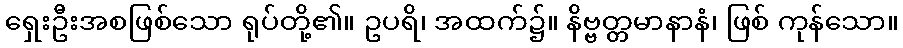
ရှေးဦးအစဖြစ်သော ရုပ်တို့၏။ ဥပရိ၊ အထက်၌။ နိဗ္ဗတ္တမာနာနံ၊ ဖြစ် ကုန်သော။